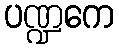
ပဏ္ဍကေ